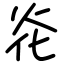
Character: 炛